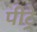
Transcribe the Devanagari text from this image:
पीट्रे